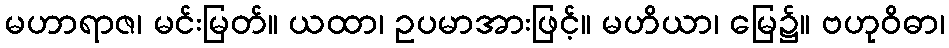
မဟာရာဇ၊ မင်းမြတ်။ ယထာ၊ ဥပမာအားဖြင့်။ မဟိယာ၊ မြေ၌။ ဗဟုဝိဓာ၊